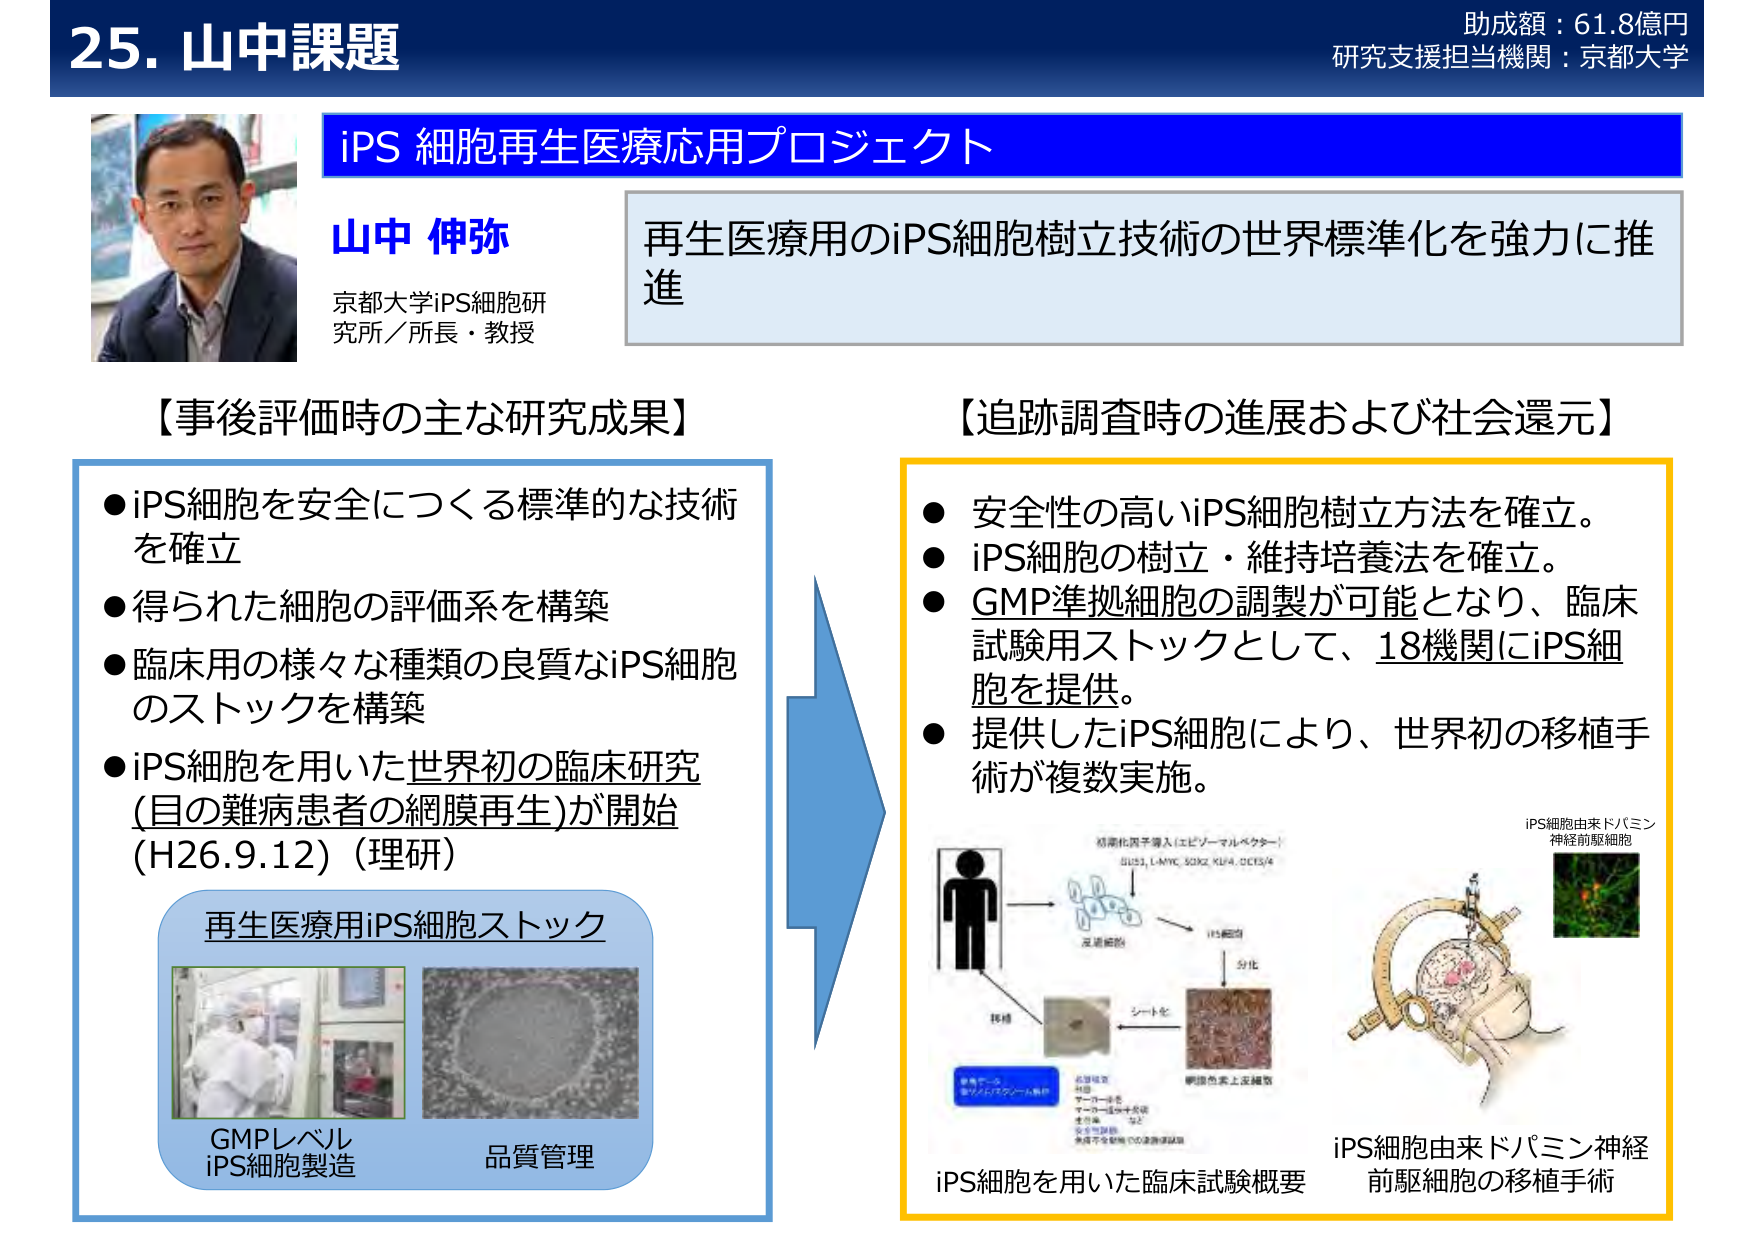
25. 山中課題
助成額：61.8億円
研究支援担当機関：京都大学

iPS 細胞再生医療応用プロジェクト

山中 伸弥
京都大学iPS細胞研究所／所長・教授

再生医療用のiPS細胞樹立技術の世界標準化を強力に推進

【事後評価時の主な研究成果】
● iPS細胞を安全につくる標準的な技術を確立
● 得られた細胞の評価系を構築
● 臨床用の様々な種類の良質なiPS細胞のストックを構築
● iPS細胞を用いた世界初の臨床研究（目の難病患者の網膜再生）が開始（H26.9.12）（理研）

再生医療用iPS細胞ストック
GMPレベル iPS細胞製造
品質管理

【追跡調査時の進展および社会還元】
● 安全性の高いiPS細胞樹立方法を確立。
● iPS細胞の樹立・維持培養法を確立。
● GMP準拠細胞の調製が可能となり、臨床試験用ストックとして、18機関にiPS細胞を提供。
● 提供したiPS細胞により、世界初の移植手術が複数実施。

iPS細胞を用いた臨床試験概要
iPS細胞由来ドパミン神経前駆細胞の移植手術
iPS細胞由来ドパミン神経前駆細胞

（図中のテキスト）
初期化因子導入（エピソーマルベクター）
OCT3/4, L-MYC, SOX2, KLF4, OCT3/4
iPS細胞
分化
シート化
網膜色素上皮細胞
移植
GMPレベル
iPS細胞製造
品質管理
（図の下部）
iPS細胞を用いた臨床試験概要
iPS細胞由来ドパミン神経前駆細胞の移植手術